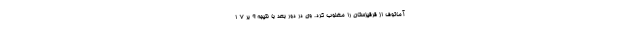
آماتوف از قرقیزستان را مغلوب کرد. وی در دور بعد با نتیجه ۹ بر ۷ ا